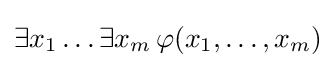
\exists x_{1}\ldots \exists x_{m}\,\varphi (x_{1},\ldots ,x_{m})